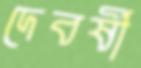
দেবর্ষী